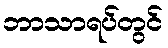
ဘာသာရပ်တွင်